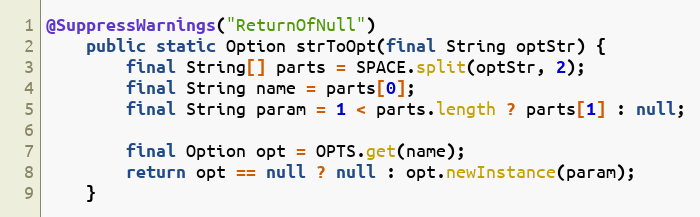
Language: Java
@SuppressWarnings("ReturnOfNull")
    public static Option strToOpt(final String optStr) {
        final String[] parts = SPACE.split(optStr, 2);
        final String name = parts[0];
        final String param = 1 < parts.length ? parts[1] : null;

        final Option opt = OPTS.get(name);
        return opt == null ? null : opt.newInstance(param);
    }